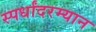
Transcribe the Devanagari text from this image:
स्पर्धांदरम्यान